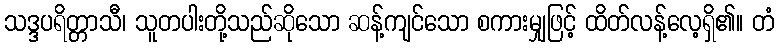
သဒ္ဒပရိတ္တာသီ၊ သူတပါးတို့သည်ဆိုသော ဆန့်ကျင်သော စကားမျှဖြင့် ထိတ်လန့်လေ့ရှိ၏။ တံ